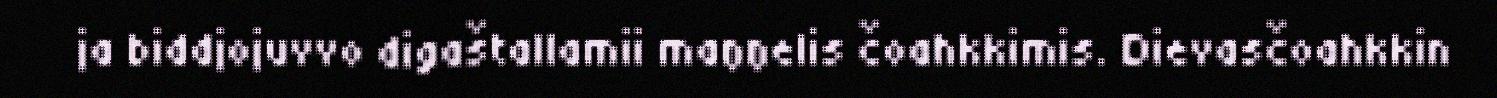
ja biddjojuvvo digaštallamii maŋŋelis čoahkkimis. Dievasčoahkkin